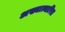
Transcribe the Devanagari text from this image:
अख्यात्यारित